Scientific memoirs by medical officers of the Army of India - Part II,
Year: 1886
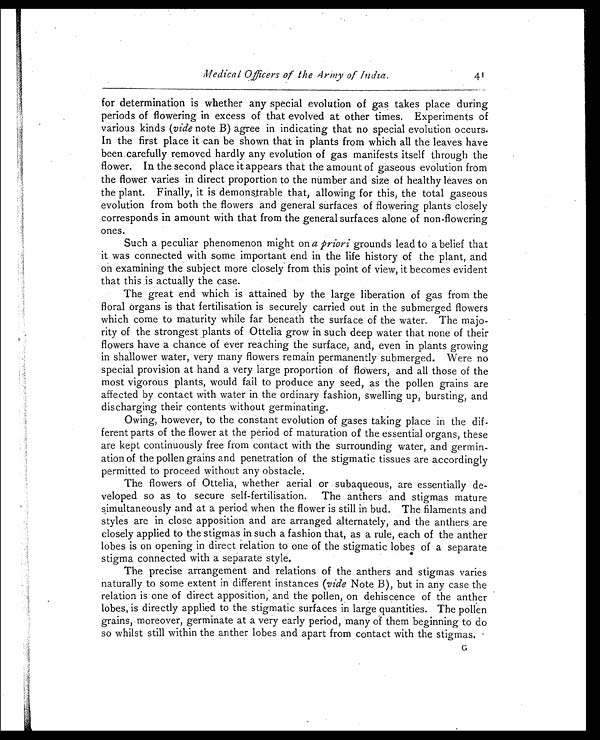
Medical Officers of the Army of India.
41
for determination is whether any special evolution of gas takes place during
periods of flowering in excess of that evolved at other times. Experiments of
various kinds (vide note B) agree in indicating that no special evolution occurs.
In the first place it can be shown that in plants from which all the leaves have
been. carefully removed hardly any evolution of gas manifests itself through the
flower. In the second place it appears that the amount of gaseous evolution from
the flower varies in direct proportion to the number and size of healthy leaves on
the plant. Finally, it is demonstrable that, allowing for this, the total gaseous
evolution from both the flowers and general surfaces of flowering plants closely
corresponds in amount with that from the general surfaces alone of non-flowering
ones.
Such a peculiar phenomenon might on a priori grounds lead to a belief that
it was connected with some important end in the life history of the plant, and
on examining the subject more closely from this point of view, it becomes evident
that this is actually the case.
The great end which is attained by the large liberation of gas from the
floral organs is that fertilisation is securely carried out in the submerged flowers
which come to maturity while far beneath the surface of the water. The majo-
rity of the strongest plants of Ottelia grow in such deep water that none of their
flowers have a chance of ever reaching the surface, and, even in plants growing
in shallower water, very many flowers remain permanently submerged. Were no
special provision at hand a very large proportion of flowers, and all those of the
most vigorous plants, would fail to produce any seed, as the pollen grains are
affected by contact with water in the ordinary fashion, swelling up, bursting, and
discharging their contents without germinating.
Owing, however, to the constant evolution of gases taking place in the dif-
ferent parts of the flower at the period of maturation of the essential organs, these
are kept continuously free from contact with the surrounding water, and germin-
ation of the pollen grains and penetration of the stigmatic tissues are accordingly
permitted to proceed without any obstacle.
The flowers of Ottelia, whether aerial or subaqueous, are essentially de-
veloped so as to secure self-fertilisation. The anthers and stigmas mature
simultaneously and at a period when the flower is still in bud. The filaments and
styles are in close apposition and are arranged alternately, and the anthers are
closely applied to the stigmas in such a fashion that, as a rule, each of the anther
lobes is on opening in direct relation to one of the stigmatic lobes of a separate
stigma connected with a separate style.
The precise arrangement and relations of the anthers and stigmas varies
naturally to some extent in different instances (vide Note B), but in any case the
relation is one of direct apposition, and the pollen, on dehiscence of the anther
lobes, is directly applied to the stigmatic surfaces in large quantities. The pollen
grains, moreover, germinate at a very early period, many of them beginning to do
so whilst still within the anther lobes and apart from contact with the stigmas.